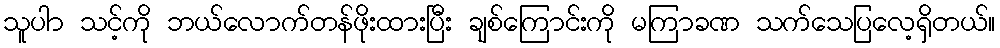
သူပာာ သင့်ကို ဘယ်လောက်တန်ဖိုးထားပြီး ချစ်ကြောင်းကို မကြာခဏ သက်သေပြလေ့ရှိတယ်။